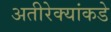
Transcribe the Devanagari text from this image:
अतीरेक्यांकडे